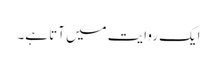
ایک روایت میں آتا ہے۔